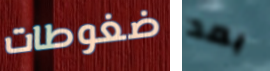
ضغوطات بعد